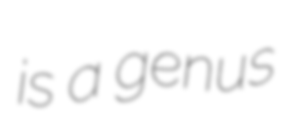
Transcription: is a genus